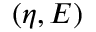
( \eta , E )